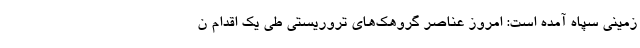
زمینی سپاه آمده است: امروز عناصر گروهک‌های تروریستی طی یک اقدام ن